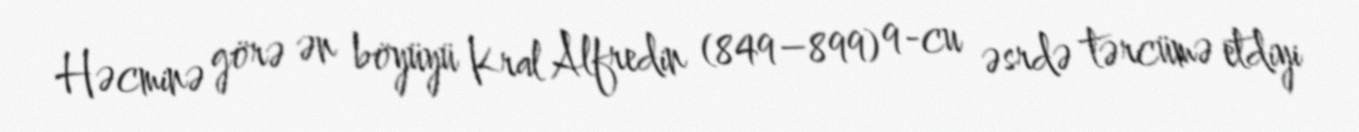
Həcminə görə ən böyüyü Kral Alfredin (849–899) 9-cu əsrdə tərcümə etdiyi